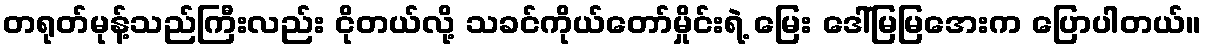
တရုတ်မုန့်သည်ကြီးလည်း ငိုတယ်လို့ သခင်ကိုယ်တော်မှိုင်းရဲ့ မြေး ဒေါ်မြမြအေးက ပြောပါတယ်။